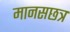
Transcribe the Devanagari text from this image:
मानसछत्र